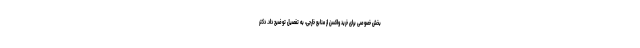
بخش خصوصی برای خرید واکسن از منابع خارجی، به تفصیل توضیح داد. دکتر